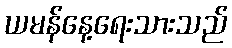
ယမန်နေ့ရေးသားသည်